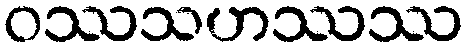
ဝဿသဟဿဿ